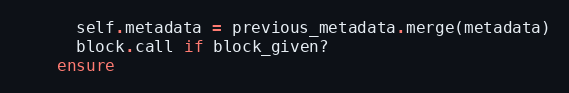
Language: Ruby
      self.metadata = previous_metadata.merge(metadata)
      block.call if block_given?
    ensure